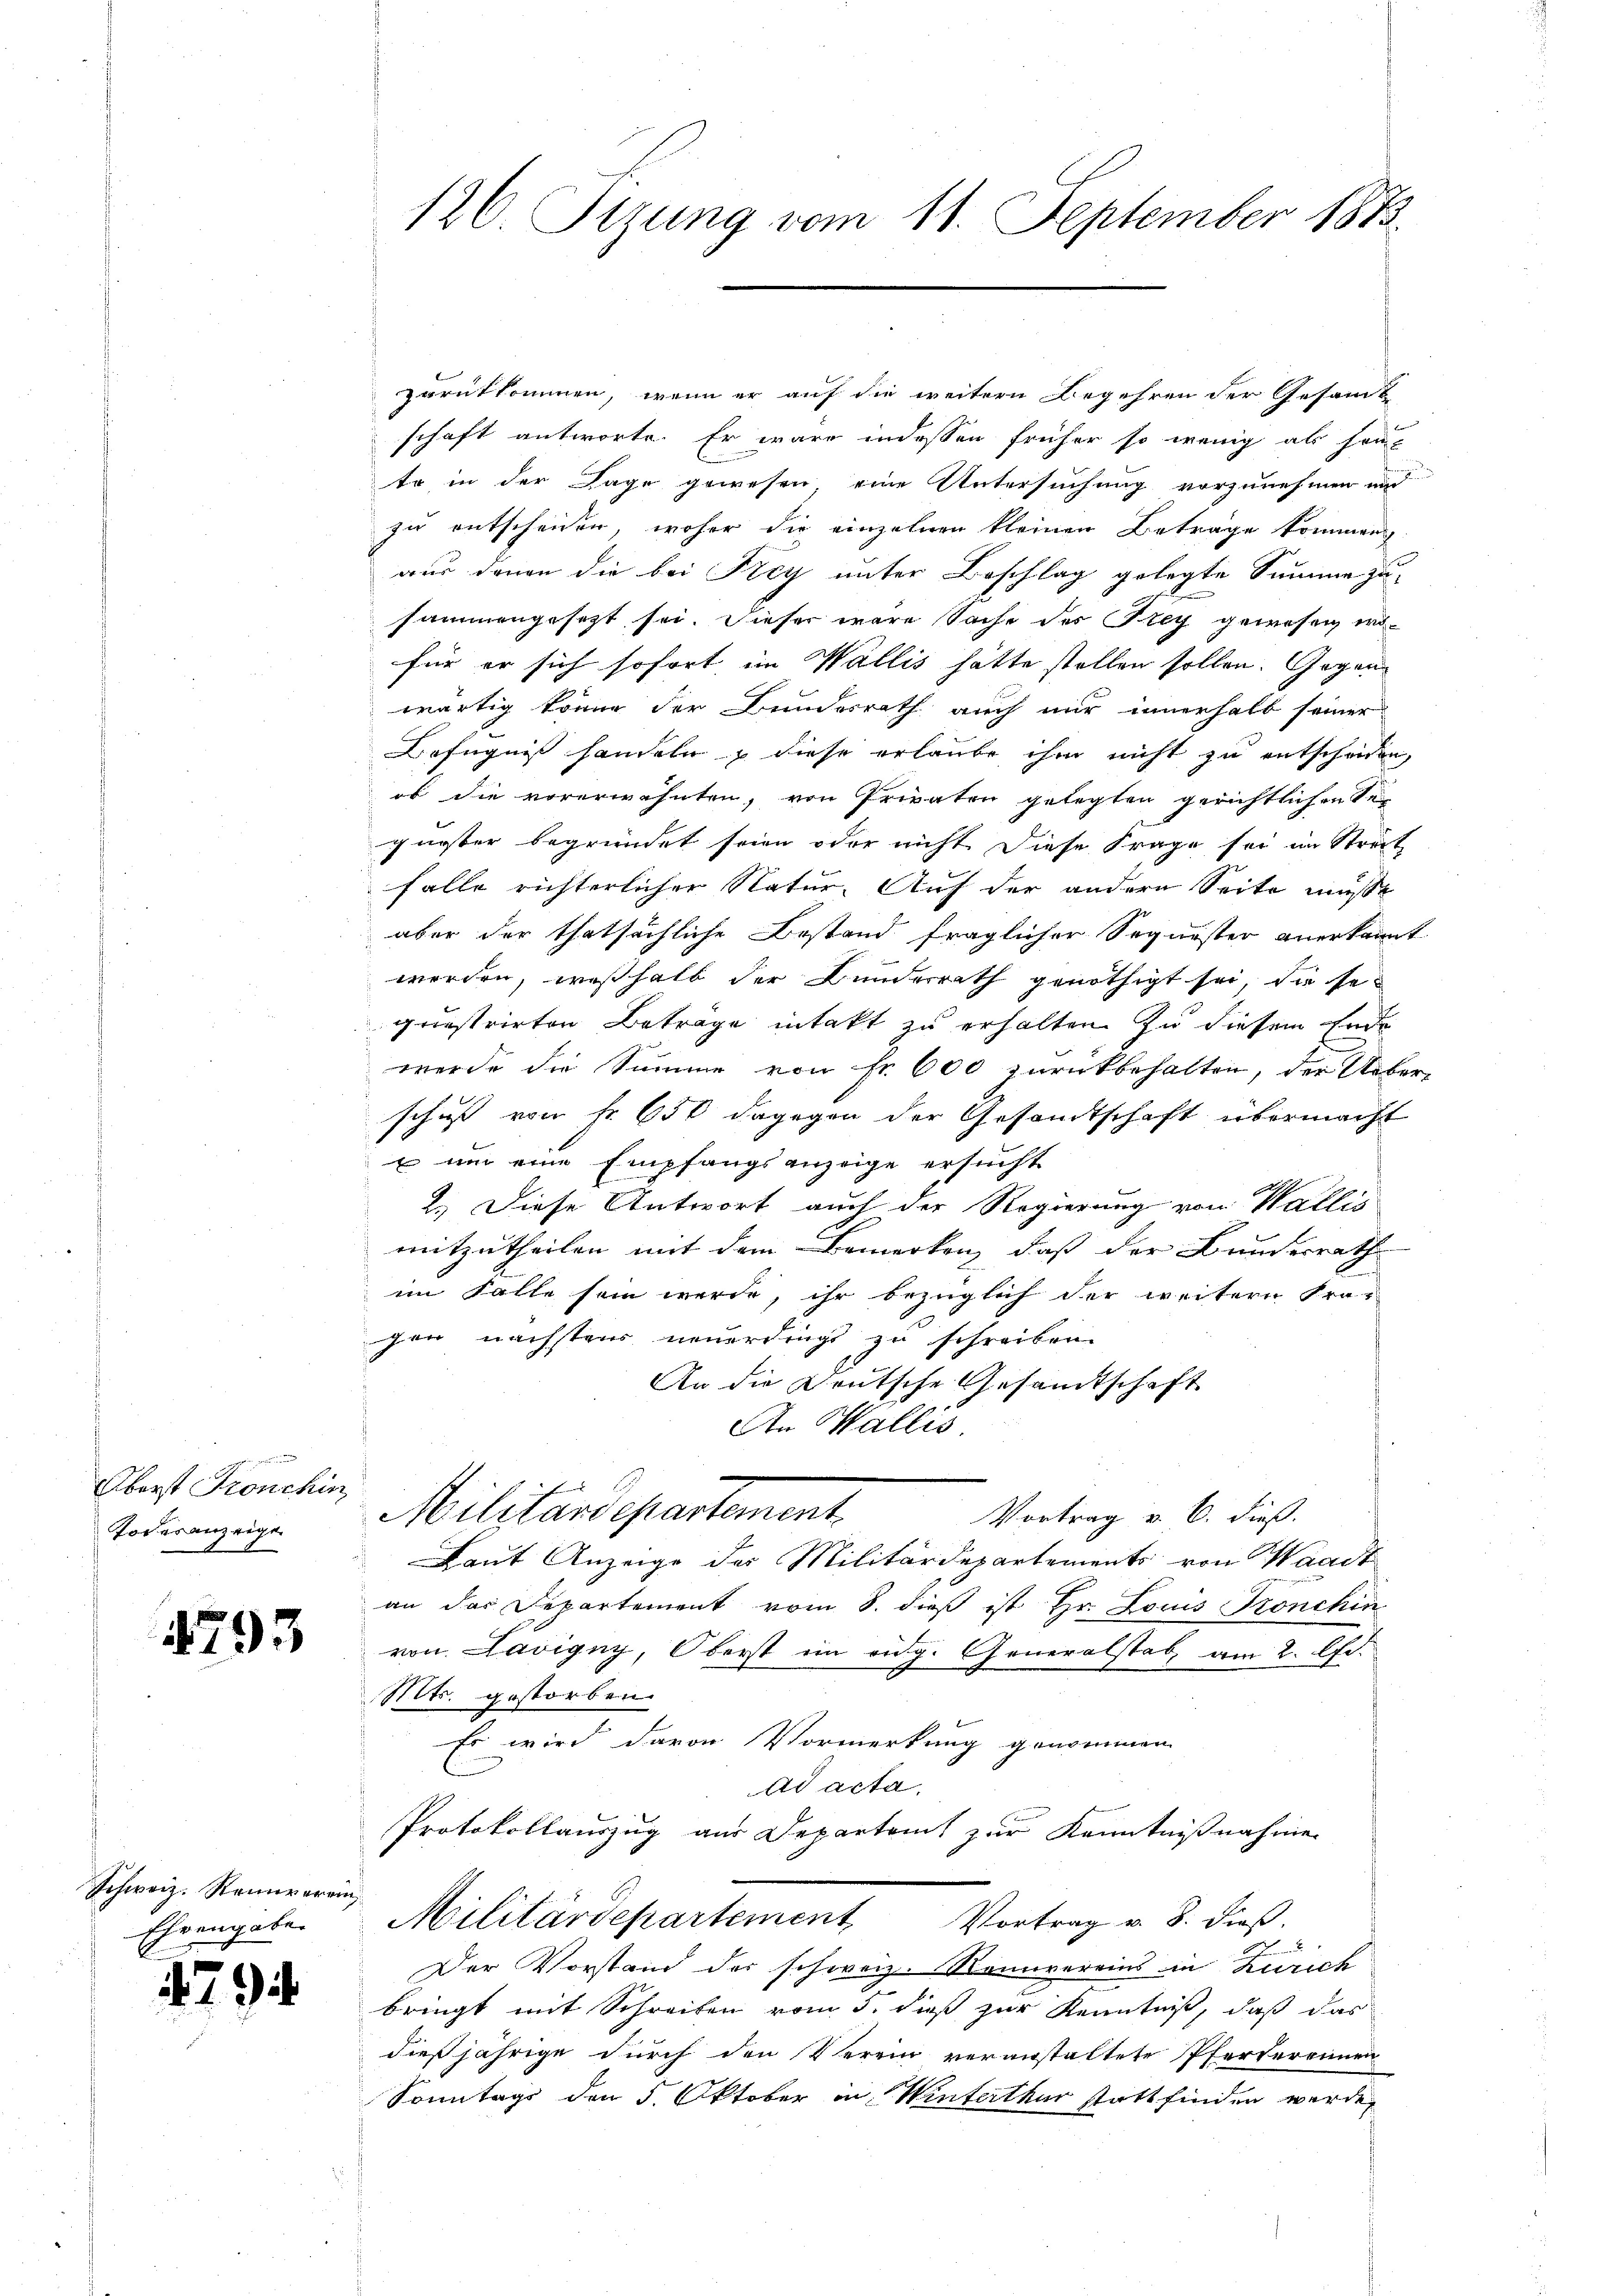
Oberst Fronchin
Todesanzeige

1793

Schweiz. Steinverein
Ehrengabe.

79

126 Sizung vom 11. September 1883.

zurükkommen, wenn er auf die weitern Begehren der Gesamt
schaft antworte. Er wäre indessen früher so wenig als sonto in der Tage gewesen eine Untersuchung vorzunehmen und
zu entscheiden, woher die einzelnen kleinen Betrage kommen
aus denen die bei Frey unter Beschlag gelegte Summe zusammengesetzt sei. Dieser wäre Sache des Frey gewesen, wofür er sich sofort im Wallis hätte stellen sollen. Gegenwärtig könne der Bundesrath auch nur innerhalb seiner
Befugnis handeln & diese erlaube ihm nicht zu entscheiden,
ob die vorerwähnten, von Privaten gelegten gerichtlichen Sei
güeter begründet seien oder nicht diese Frage sei im Streit
falle richterlicher Natur. Auf der andern Seite mußt
aber der thatsächliche Bestand fraglicher Sequester anerkannt
werden, weßhalb der Bunderrath genöthigt sei, die se
gristrirten Betrage intakt zu erhalten zu diesem Ende
werde die Summe von Fr. 600 zurückbehalten, der Ueber-
schuss von fr. 650 dagegen der Gesandtschaft übermacht
 um eine Empfangsanzeige ersucht
2.) Diese Antwort auch der Regierung von Wallis
mitzutheilen mit dem Bemerken, daß der Bundesrath
im Falle sein werde, ihr bezüglich der weitern Fra-
gen nächstens neuerdings zu schreiben.
An die Deutsche Gesandtschaft
An Wallis
Militärdepartement.
Vortrag v. 6. dieß.
Laut Anzeige des Militärdepartements von Waadt
an das Departement vom 8. dieß ist Hr. Louis Fronchin
von Lavigny, Oberst im eidg. Generalstab, am 2. Chr.
Mts. gestorben.
Es wird davon Vormerkung genommen
Ad acta
Protokollauszug aus Departamt zur Kenntnißnahmen
Militärdepartement Vortrag v. 8. dieβ.
Der Vorstand der schweiz. Konvereins in Zürich
bringt mit Schreiben vom 5. dieß zur Kenntniß, daß das
dießjährige durch den Verein veranstaltete Pferterennen
Sonntags den 5. Oktober in Winterthur stattfinden werde,